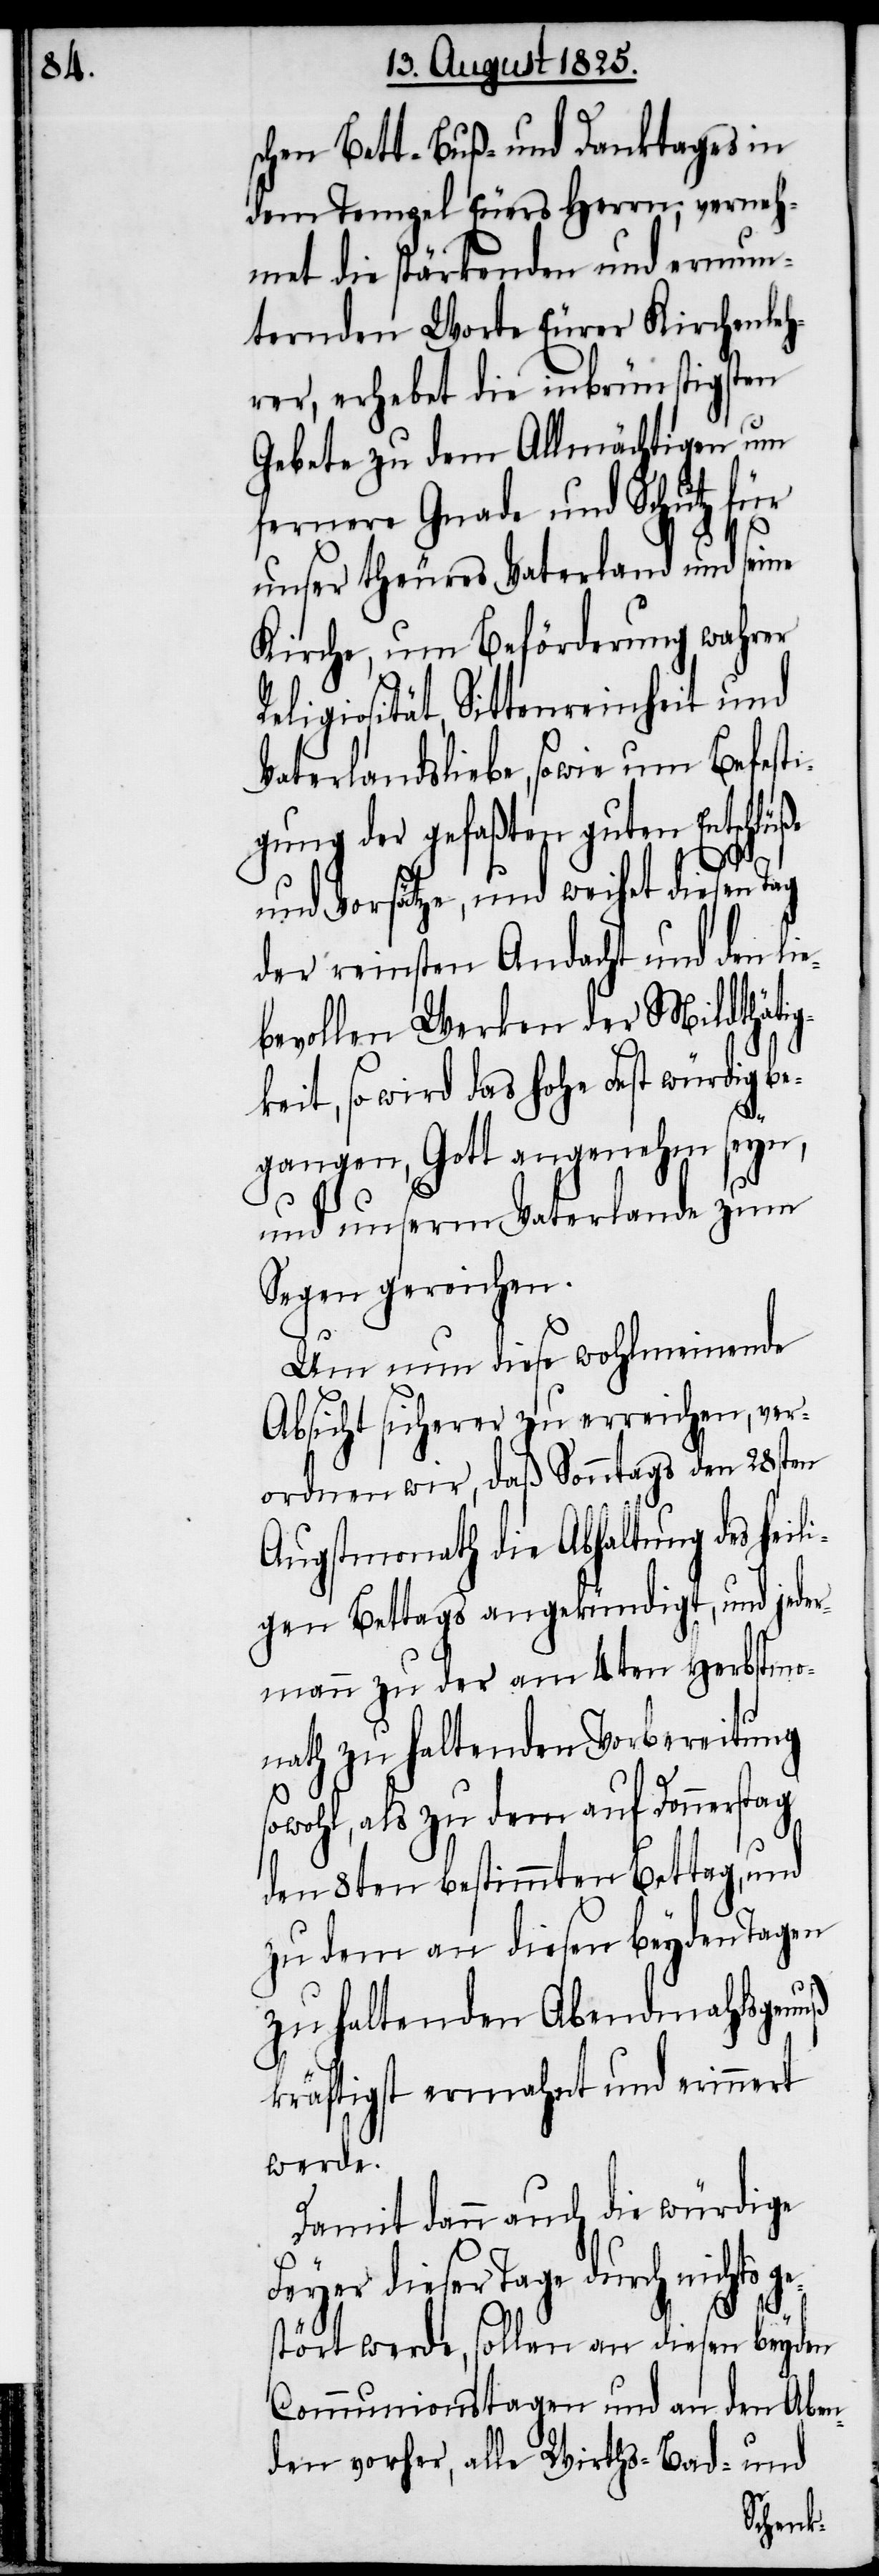
schen Bett- Buß- und Danktages in
dem Tempel Euers Herrn, verneh¬
met die stärkenden und ermun¬
ternden Worte eurer Kirchenleh¬
rer, erhebet die inbrünstigsten
Gebete zu dem Allmächtigen um
fernere Gnade und Schutz für
unser theures Vaterland und seine
Kirche, um Beförderung wahrer
Religiosität, Sittenreinheit und
Vaterlandsliebe, sowie um Befesti¬
gung der gefaßten guten Ents¬
und Vorsätze, und weihet diesen Tag
der reinsten Andacht und den lie¬
bevollen Werken der Mildthäti¬
gkeit, so wird das hohe Fest würdig be¬
gangen, Gott angenehm seyn,
und unserm Vaterlande zum
Segen gereichen.
Um nun diese wohlmeinende
Absicht sicherer zu erreichen, ver¬
ordnen wir, daß Sontags den 28sten
Augstmonath die Abhaltung des heili¬
gen Bettags angekündigt, und jeder¬
mann zu der am 4ten Herbstmo¬
nath zu haltenden Vorbereitung
sowohl, als zu dem auf Donnerstag
den 8ten bestimmten Bettag, und
zudem an diesen beyden Tagen
zu haltenden Abendmahlsgenuß
kräftigst ermahnt und erinnert
werde.
Damit dann auch die würdige
Feyer dieser Tage durch nichts g¬
e¬
stört werde, sollen an diesen beyden
Communionstagen und andern Aben¬
den vorher, alle Wirths- Bad- und
chlüße